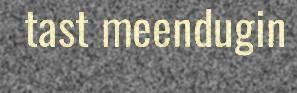
tast meendugin